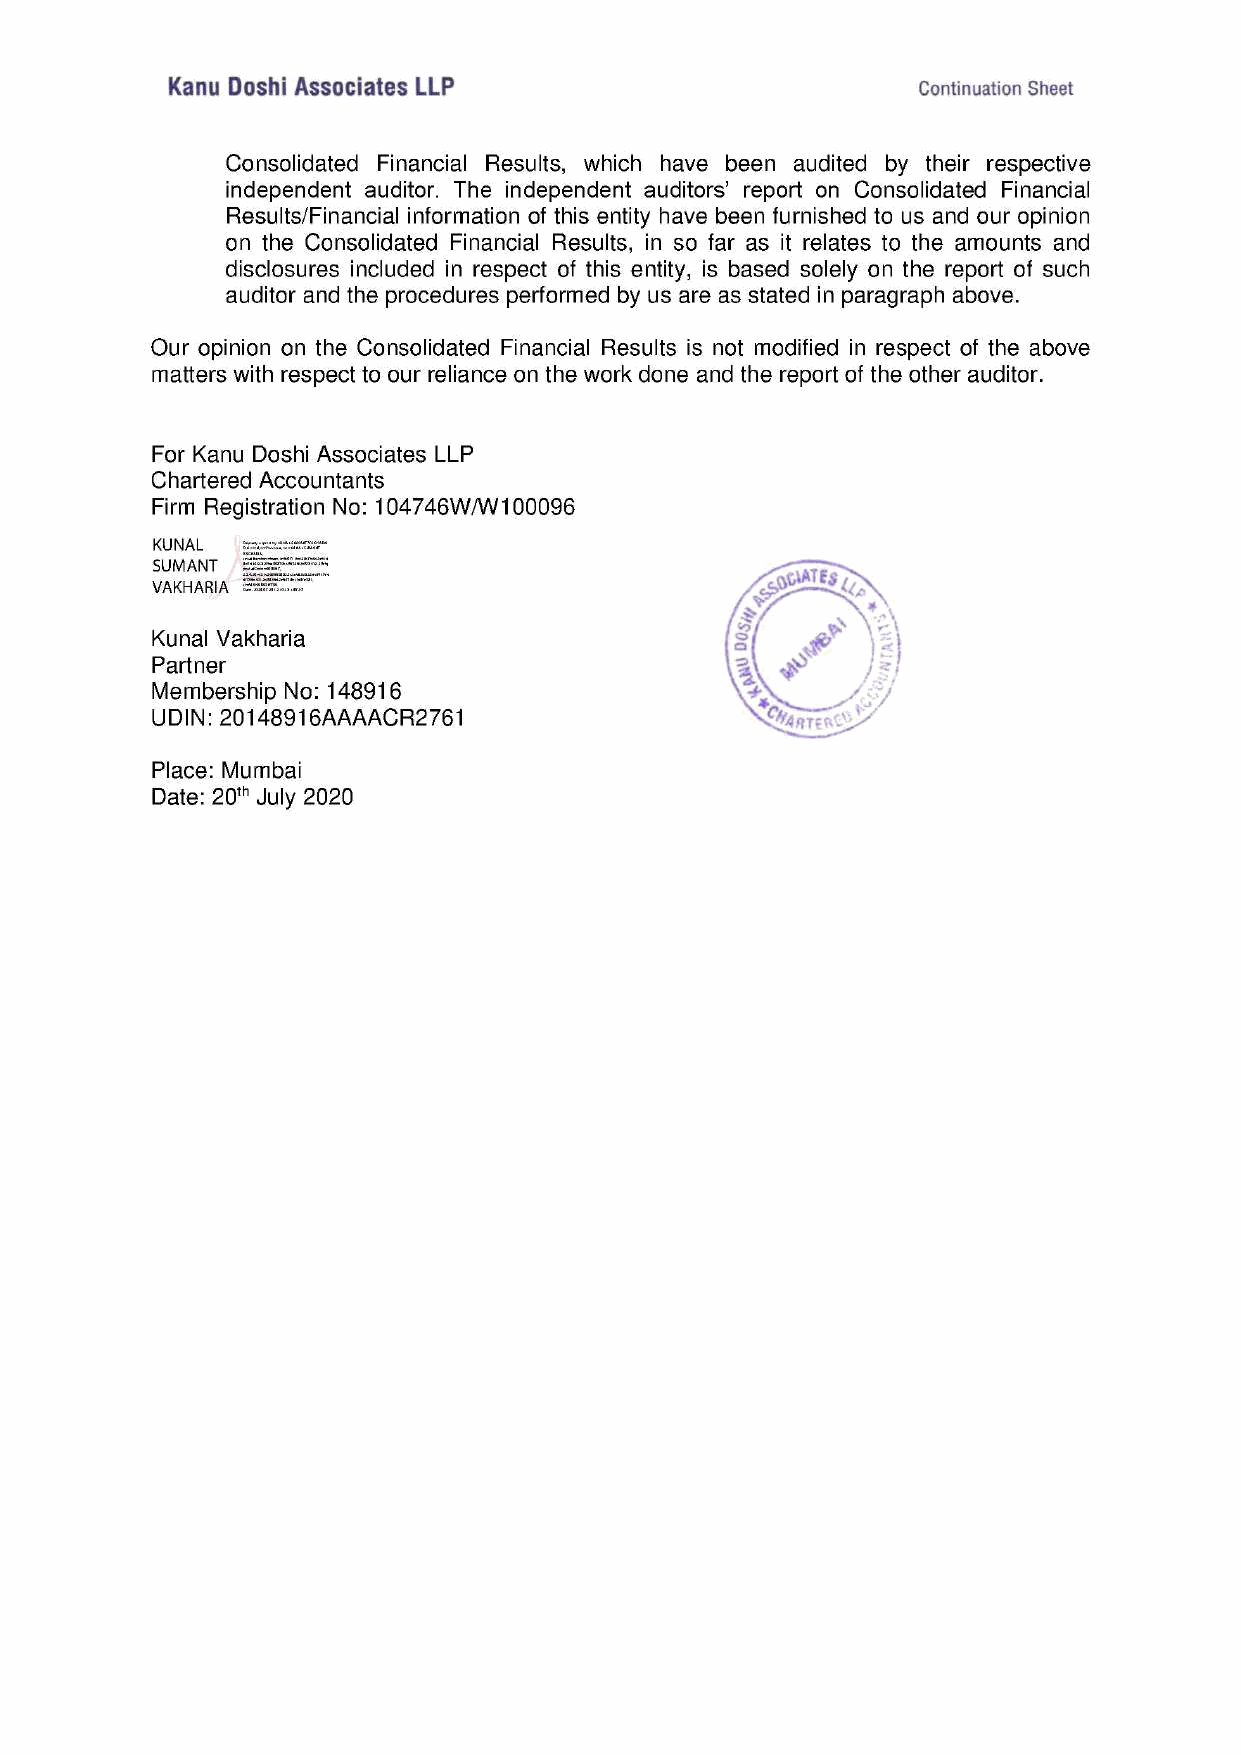
Kanu Doshi Associates LLP                         Continuation Sheet
 Consolidated Financial Results, which have been audited by their respective
 independent auditor. The independent auditors’ report on Consolidated Financial
 Results/Financial information of this entity have been furnished to us and our opinion
 on the Consolidated Financial Results, in so far as it relates to the amounts and
 disclosures included in respect of this entity, is based solely on the report of such
 auditor and the procedures performed by us are as stated in paragraph above.
 Our opinion on the Consolidated Financial Results is not modified in respect of the above
 matters with respect to our reliance on the work done and the report of the other auditor.
 For Kanu Doshi Associates LLP
 Chartered Accountants
 Firm Registration No: 104746W/W 100096
 KUNAL
 SUMANT
 VAKHARIA :
 Kunal Vakharia                         S|   <
 Partner                                B\ ~~
 Membership No: 148916                  \
 UDIN: 20148916AAAACR2761                \ Want:
 Place: Mumbai
 Date: 20" July 2020